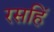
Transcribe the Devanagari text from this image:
रसहिं